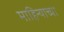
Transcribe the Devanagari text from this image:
माहिन्याच्या